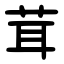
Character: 茸